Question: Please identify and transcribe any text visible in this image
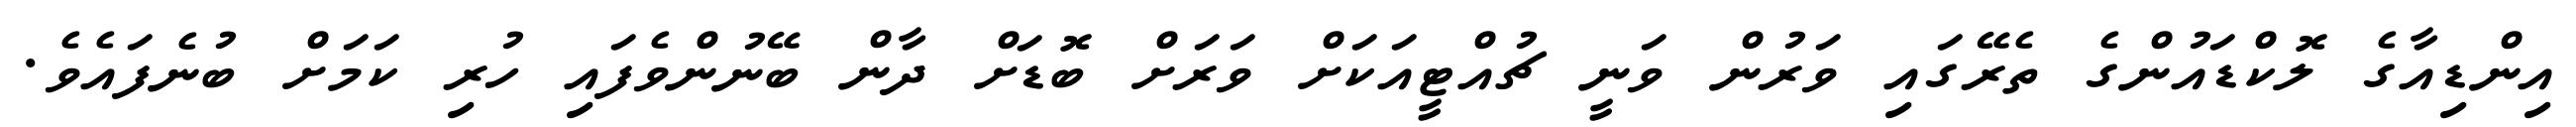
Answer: އިންޑިއާގެ ލޮކްޑައުންގެ ތެރޭގައި ވަރުން ވަނީ ޗުއްޓީއަކަށް ވަރަށް ބޮޑަށް ދާން ބޭނުންވެފައި ހުރި ކަމަށް ބުނެފައެވެ.